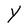
Character: Y